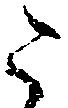
た